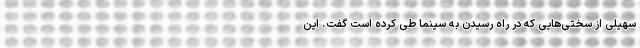
سهیلی از سختی‌هایی که در راه رسیدن به سینما طی کرده است گفت. این